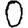
Digit: 0